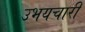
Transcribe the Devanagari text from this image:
उभयचारी